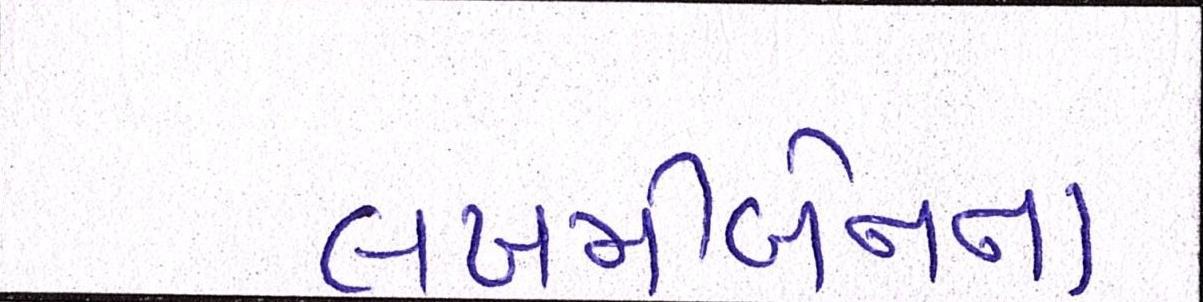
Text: લખમીબેનના